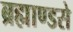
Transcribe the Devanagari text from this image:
ब्रह्माण्डसे